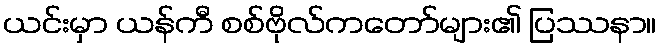
ယင်းမှာ ယန်ကီ စစ်ဗိုလ်ကတော်များ၏ ပြဿနာ။